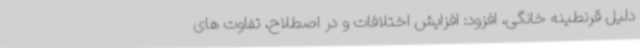
دلیل قرنطینه خانگی، افزود: افزایش اختلافات و در اصطلاح، تفاوت های